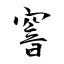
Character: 窨